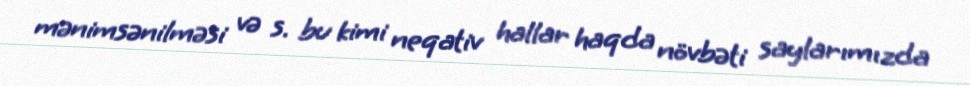
mənimsənilməsi və s. bu kimi neqativ hallar haqda növbəti saylarımızda